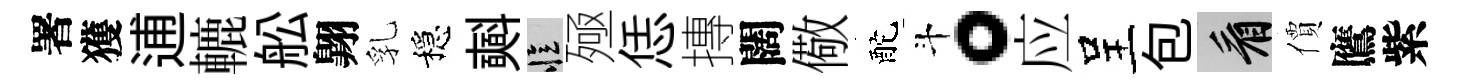
署獲逋轆舩翺乳穩𣂏忆殛恁摶闊儆酡斗。应呈包看價鷹紫